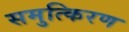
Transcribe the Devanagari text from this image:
समुत्किरण